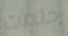
حلمت